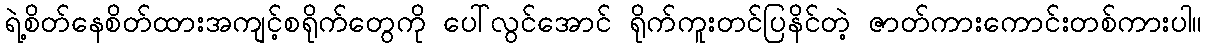
ရဲ့စိတ်နေစိတ်ထားအကျင့်စရိုက်တွေကို ပေါ်လွင်အောင် ရိုက်ကူးတင်ပြနိင်တဲ့ ဇာတ်ကားကောင်းတစ်ကားပါ။